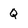
Character: Q